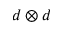
d \otimes d